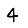
Digit: 4